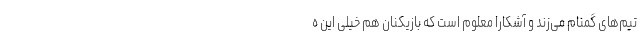
تیم‌های گمنام می‌زند و آشکارا معلوم است که بازیکنان هم خیلی این ه